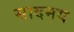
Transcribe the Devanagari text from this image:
सादमय